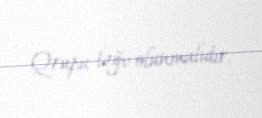
Qrupu ləğv olunmalıdır.